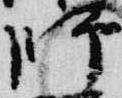
師